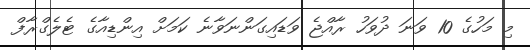
މި މަހުގެ 10 ވަނަ ދުވަހު ރާއްޖެ ވަޑައިގަންނަވާނެ ކަމަށް އިންޑިއާގެ ޓެލެގްރާފް